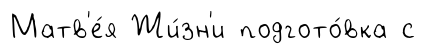
Матв'е́я Жи́зн'и подгото́вка с